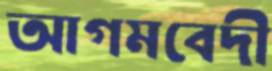
আগমবেদী